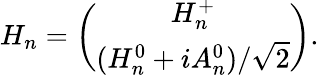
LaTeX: H_{n}=\left(\begin{array}{c}{{H_{n}^{+}}}\\ {{(H_{n}^{0}+iA_{n}^{0})/\sqrt{2}}}\end{array}\right).